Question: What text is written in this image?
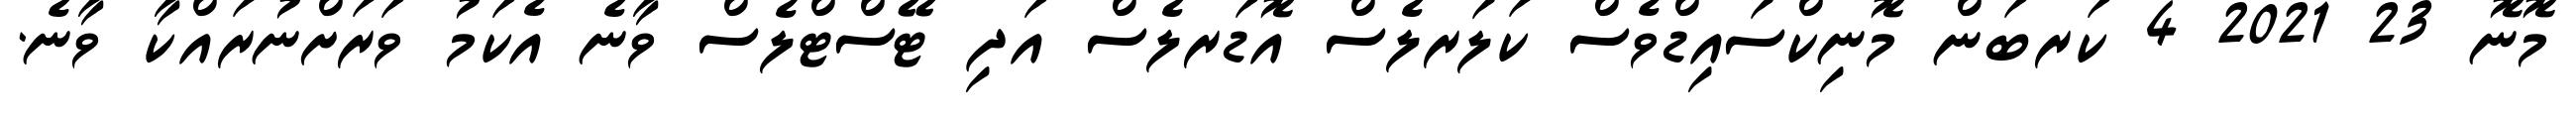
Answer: މޮނޮ 23 2021 4 ކަރބަން މޮނިކްސައިޑްވެސް ކަލަރލެސް އޮޑަރލެސް އަދި ޓޭސްޓްލެސް ވާނެ އެކަމު ވަރަށްނުރައްކާ ވާނެ.